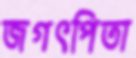
জগৎপিতা